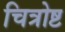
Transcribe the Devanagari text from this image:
चित्रोष्ट